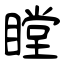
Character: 瞠